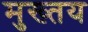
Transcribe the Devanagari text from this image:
मुख्तय